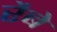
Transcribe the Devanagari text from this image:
रैबे